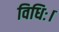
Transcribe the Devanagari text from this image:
विधिः।